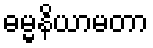
ဓမ္မနိယာမတာ